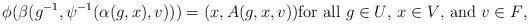
LaTeX: \begin{align*}\phi(\beta(g^{-1},\psi^{-1}(\alpha(g,x),v)))=(x,A(g,x,v))\mbox{for all $g\in U$, $x\in V$, and $v\in F$,}\end{align*}